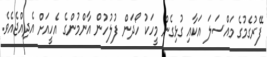
ފޭރުގެމުގެ މައްސަލަ އަކާއި ގުޅިގެން މީހަކު ހޯދަން ފުލުހުން އާންމުންގެ އެހީއަށް އެދިއްޖެއެވެ.